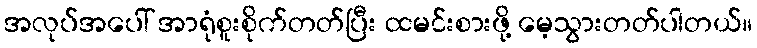
အလုပ်အပေါ် အာရုံစူးစိုက်တတ်ပြီး ထမင်းစားဖို့ မေ့သွားတတ်ပါတယ်။